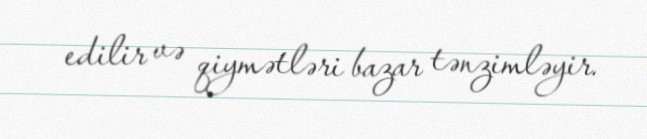
edilir və qiymətləri bazar tənzimləyir.